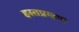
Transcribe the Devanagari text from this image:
हस्तप्रमाण